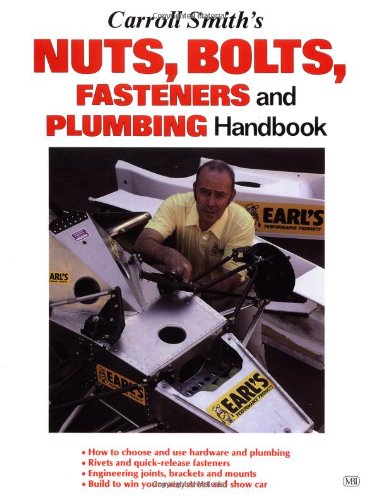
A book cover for Carroll Smith's Nuts, Bolts, Fasteners and Plumbing Handbook (Motorbooks Workshop); Carroll Smith; Engineering & Transportation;